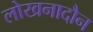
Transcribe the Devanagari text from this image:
लोखनादौन